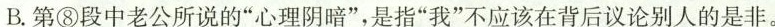
B.第⑧段中老公所说的”心理阴暗”，是指”我”不应该在背后议论别人的是非。